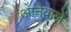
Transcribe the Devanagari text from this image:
आनेवालें